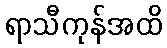
ရာသီကုန်အထိ